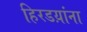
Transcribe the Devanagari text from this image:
हिरडय़ांना